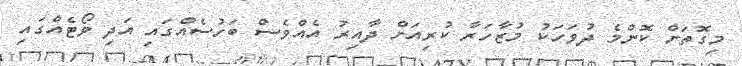
މިގޮތަށް ކޮންމެ ދުވަހަކު މުޒާހަރާ ކުރިއަށް ދާއިރު އެއްވެސް ބަހުސެއްގައި އަދި ވޯޓެއްގައި